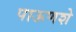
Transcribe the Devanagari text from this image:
पाऊणशे